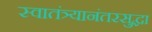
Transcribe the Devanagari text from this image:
स्वातंत्र्यानंतरसुद्धा